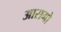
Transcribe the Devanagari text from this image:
आरागो